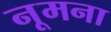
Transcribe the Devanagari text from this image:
नूमना